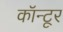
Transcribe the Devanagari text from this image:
कॉन्टूर